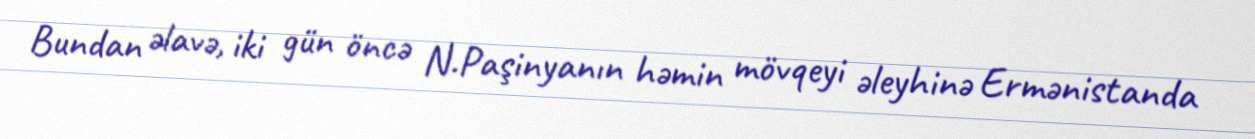
Bundan əlavə, iki gün öncə N.Paşinyanın həmin mövqeyi əleyhinə Ermənistanda